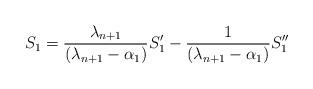
LaTeX: \begin{align*}S_1=\frac{\lambda_{n+1}}{(\lambda_{n+1}-\alpha_1)}S_1'-\frac{1}{(\lambda_{n+1}-\alpha_1)}S_1''\end{align*}